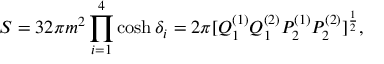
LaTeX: S = 3 2 \pi m ^ { 2 } \prod _ { i = 1 } ^ { 4 } \cosh \delta _ { i } = 2 \pi [ Q _ { 1 } ^ { ( 1 ) } Q _ { 1 } ^ { ( 2 ) } P _ { 2 } ^ { ( 1 ) } P _ { 2 } ^ { ( 2 ) } ] ^ { \frac { 1 } { 2 } } ,